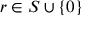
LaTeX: r \in S \cup \{ 0 \}